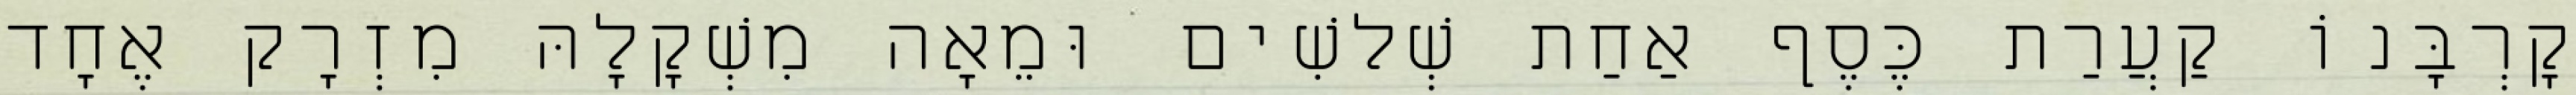
קָרְבָּנוֹ קַעֲרַת כֶּסֶף אַחַת שְׁלשִׁים וּמֵאָה מִשְׁקָלָהּ מִזְרָק אֶחָד